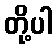
တို့ပါ